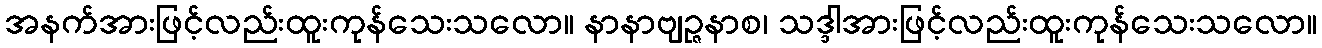
အနက်အားဖြင့်လည်းထူးကုန်သေးသလော။ နာနာဗျဉ္ဇနာစ၊ သဒ္ဒါအားဖြင့်လည်းထူးကုန်သေးသလော။